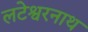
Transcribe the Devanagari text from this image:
लटेश्वरनाथ